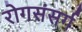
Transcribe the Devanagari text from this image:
रोगसंसर्ग